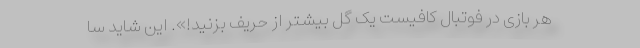
هر بازی در فوتبال کافیست یک گل بیشتر از حریف بزنید!». این شاید سا